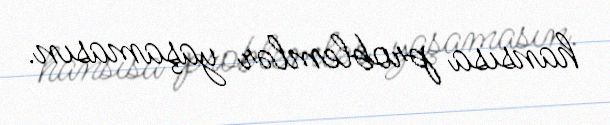
hansısa problemlər yaşamasın.